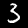
Digit: 3